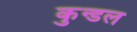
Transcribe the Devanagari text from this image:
कुन्डल